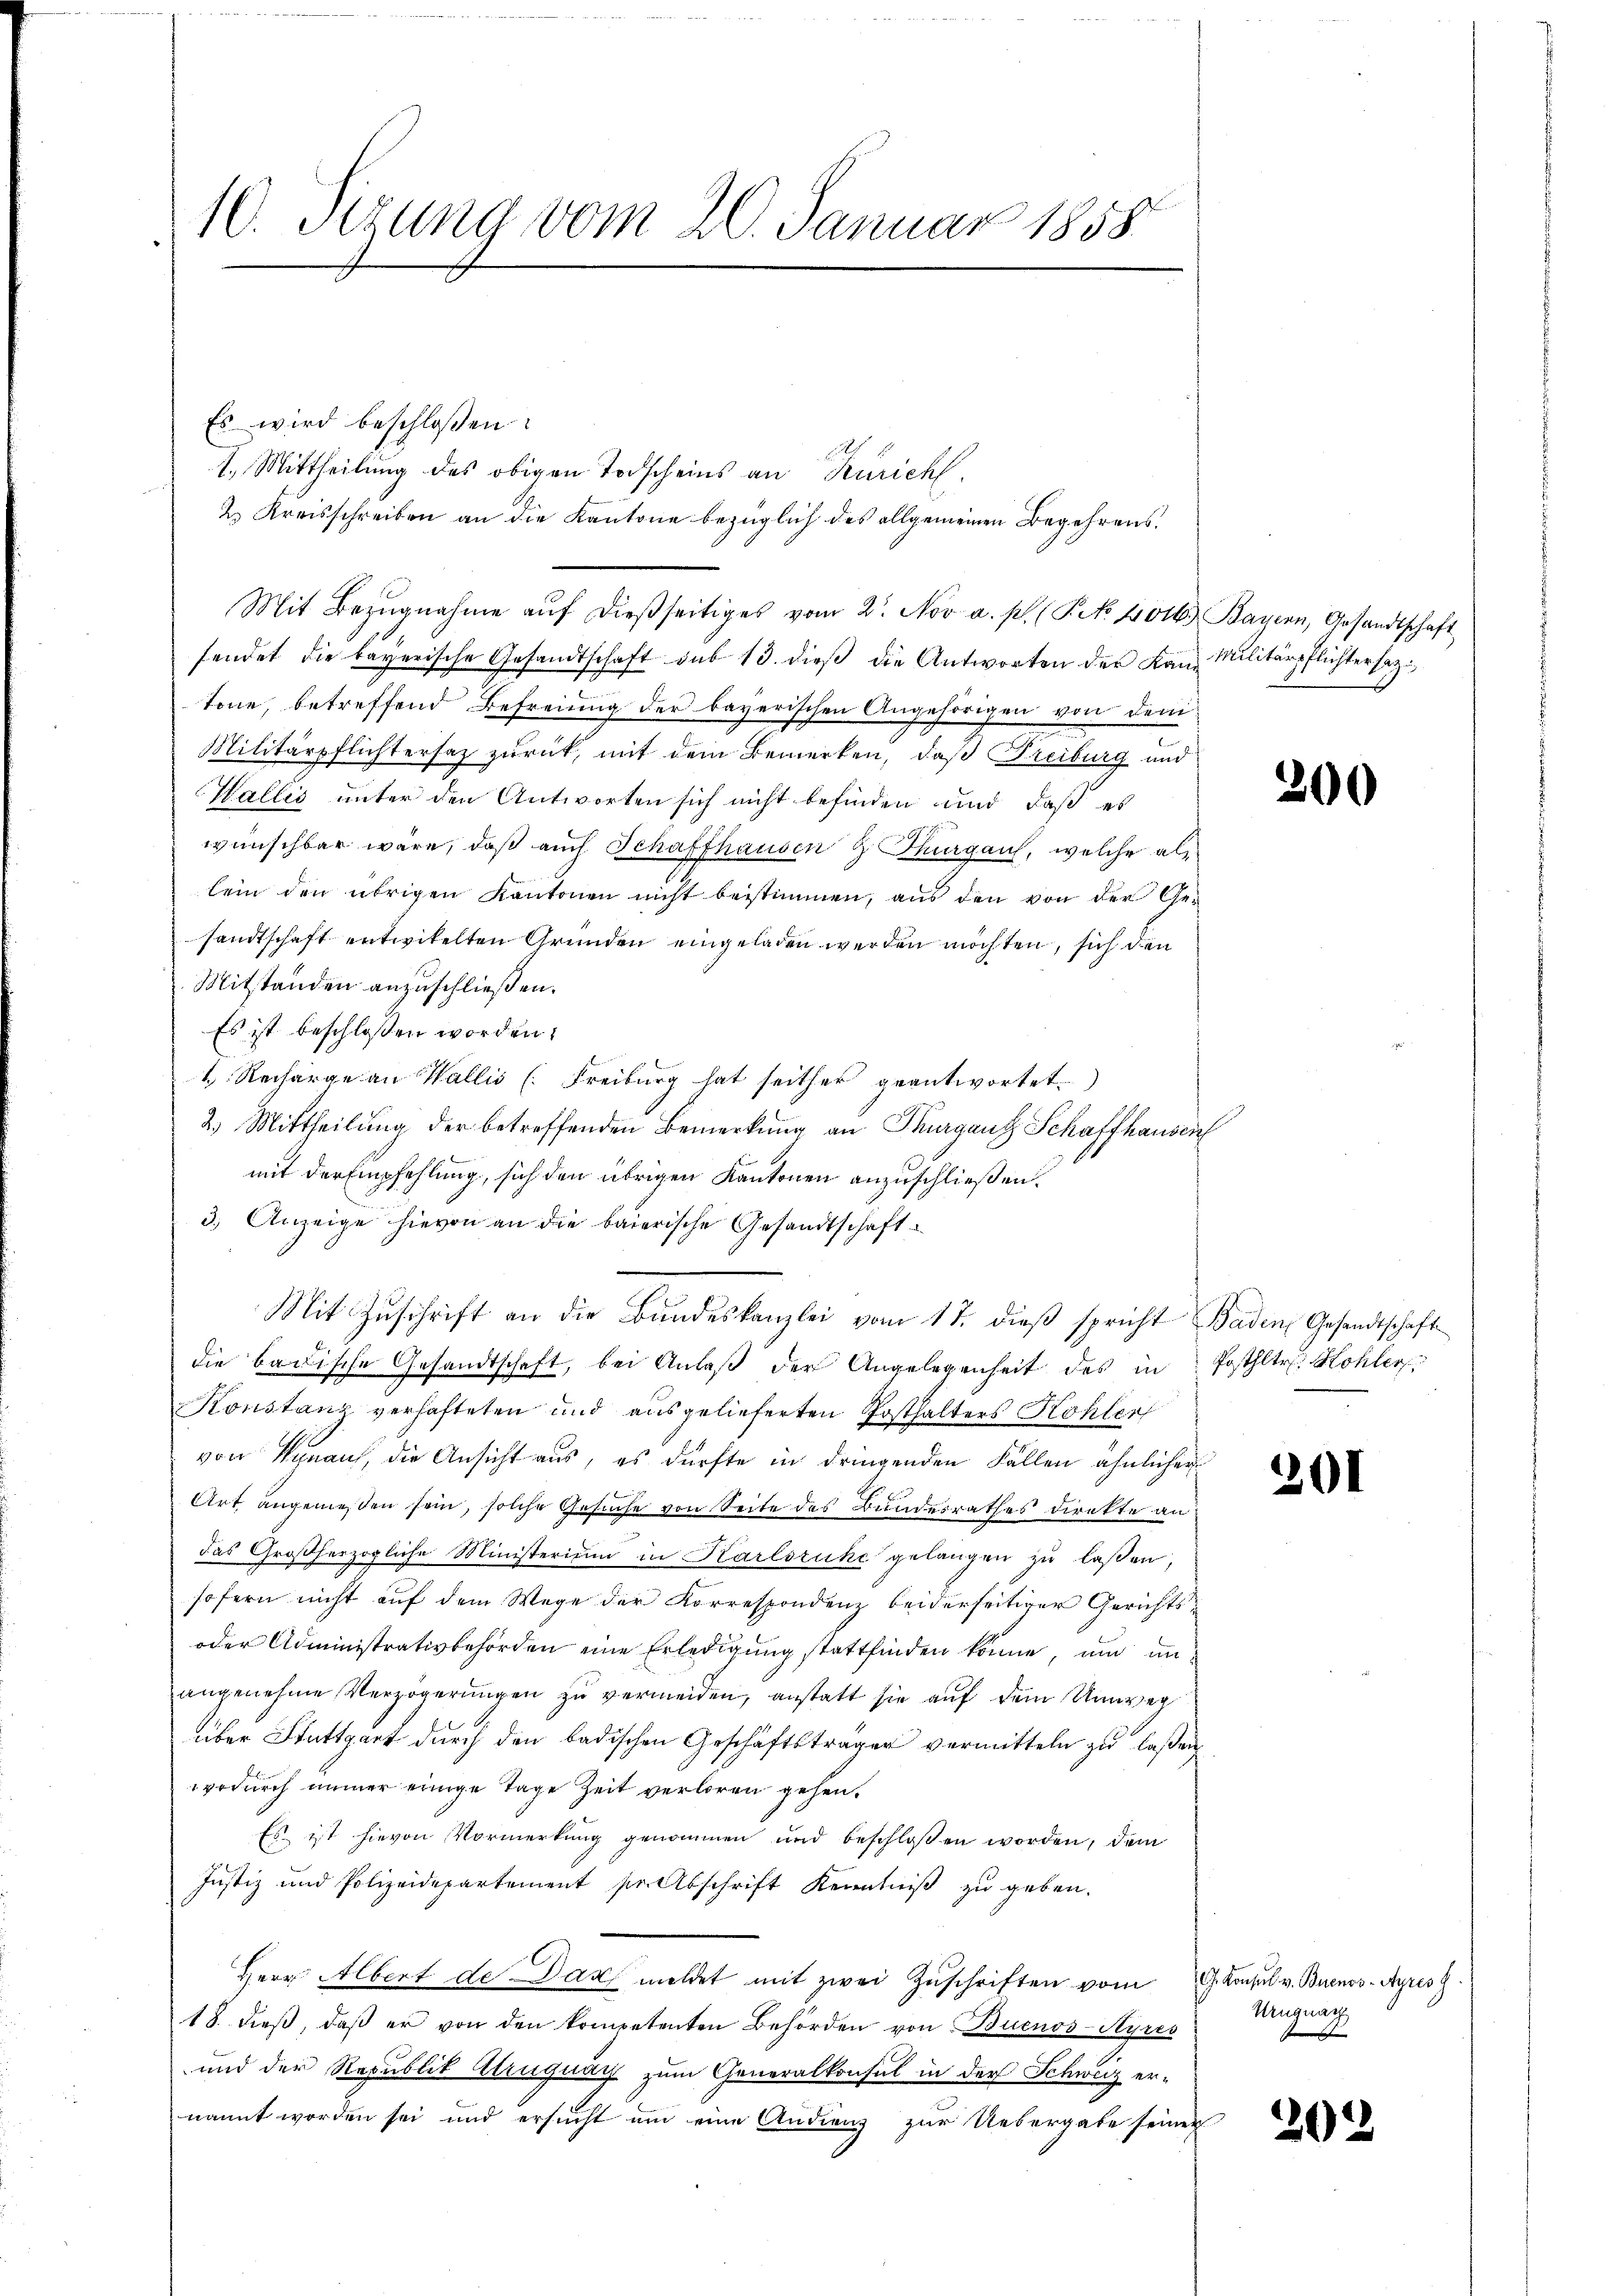
10. Sizung vom 20. Januar 1858

Es wird beschloßen:
1. Mittheilung des obigen Todscheins an Zürich.
2. Kreisschreiben an die Kantone bezüglich des allgemeinen Begehrens¬
Mit Bezŭgnahme aŭf dießseitiges vom 2. Nov. a. p. (T. No 4016.) Bayern, Gesandtschaft
fendet die bayerische Gesandtschaft sub 13. dieβ die Antworten der Kan Militärpflichtersez
töne, betreffend Befreiung der bayerischen Angehörigen von dem
Militärpflichtersatz zurück, mit dem Bemerken, daß Freiburg und
Wallis unter den Antworten sich nicht befinden und daß es
wünschbar wäre, daß auch Schaffhausen & Thurgau, welche als
lein den übrigen Kantonen nicht bestimmen, aus den von der Ge-
sandtschaft entwikelten Gründen eingeladen werden möchten, sich den
Mitständen anzuschließen.
Es ist beschlossen worden.
4. Recharge an Wallis (Freiburg hat seither geantwortet.
2.) Mittheilung der betreffenden Bemerkung an Thurganz Schaffhausen
mit der Empfehlung, sich den übrigen Kantonen anzuschließen.
3.) Anzeige hievon an die baierische Gesandtschaft
Mit Zuschrift an die Bandeskanzlei vom 17. dieß spricht Baden Gesandtschaft
die badische Gesandtschaft, bei Anlaß der Angelegenheit des in Posthltr. Kohler
Konstanz verhafteten und ausgelieferten Posthalters Kohler
von Kynauf, die Ansicht aus, es dürfte in dringenden Fällen ähnlicher
Art angemessen sein, solche Gesuche von Seite des Bundesrathes direkte an
das Großherzogliche Ministerium in Karlsruhe gelangen zu lassen,
sofern nicht auf dem Wege der Korrespondenz beiderseitiger Gerichts¬
oder Administrativbehörden eine Erledigung stattfinden könne, und unangenehme Verzögerungen zu vermeiden, anstatt sie auf dem Umweg
über Stuttgart durch den badischen Geschäftsträger vermitteln zu laßen,
wodurch immer einige Tage Zeit verloren gehen.
Es ist hievon Vormerkung genommen und beschlossen worden, dem
Justiz und Polizeidepartement sie Abschrift Kenntniß zu geben.
Herr Albert de Dach meldet mit zwei Zuschriften vom
18. dieß, daß er von den kompetenten Behörden von Buenos-Ayres
und der Republit Atruguay zum Generalkonsul in der Schweiz ernannt worden sei und ersucht um eine Audienz zur Uebergabe seiner

200

201

G. Konsul v. Buenos-Ayres H
Krug nach

202